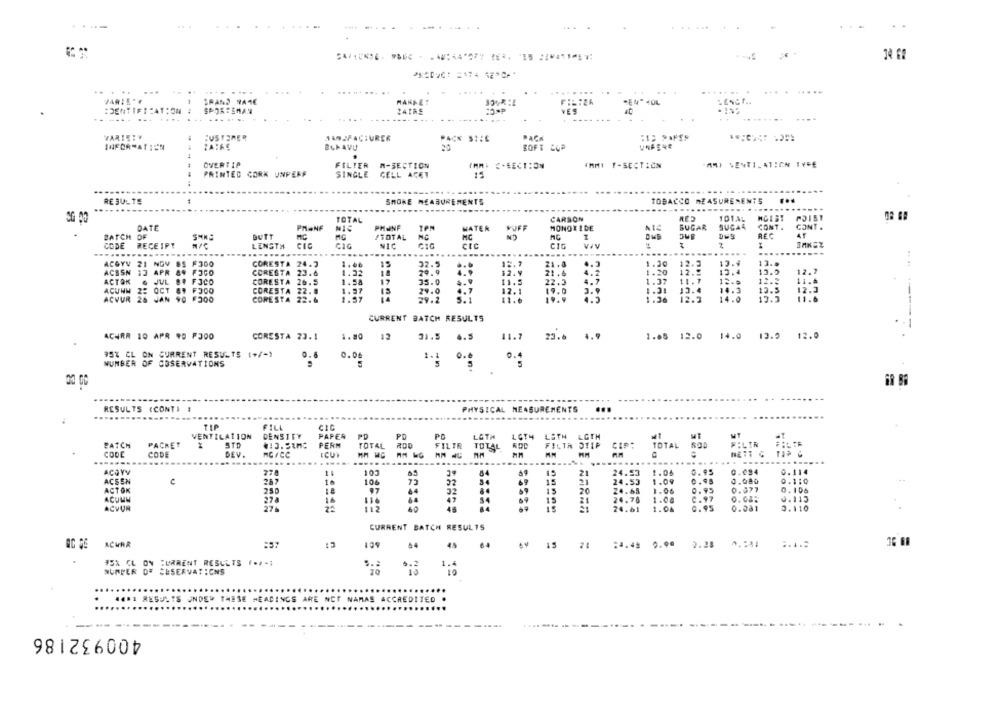
..
--.....
...
....
SRAND NATE
IDENTIFICATION
AIRS
. ... .....
.. .
VARIETY
JUSTERER
ALJFACTURER
PACK SIZE
INFORMATION
BUKAVU
20
SOFT CUP
OVERTIP
FILTER M-SECTION
IMMI 1-SECTION
MM) $ENTIL ATION IVDE
PRINTED C
IK UNPERF
SINGLE CELL ACET
is
RESULTS
SHONE MEASUREMENTS
TOBACCO MEASUREMENTS
...
....
...
CARSON
TOTAL
TOTAL
DATE
PHINF
IPN
WATER
MONOXIDE
SUGAR
SUGA4
CONT .
GONT .
BATCH
OF
BUTT
MG
/TOTAL
MC
REC
CODE
RECEIPT
LENGTH
NIC
CIG
CIC
...
.......
....
.....
...
...
......
ACGYV 21 NOV 85 F300
CORESTA 24.3
1.06
15
32.5
12.7
21.0
4.3
1.30
12.3
13.0
ACESN
7 APR &9 FICO
CORESTA 23.6
1.22
29. 9
4. 9
12.9
21.4
4.2
1. 20
12.5
12.4
13.5
12.7
ACTOK
BI FJCO
CORESTA 26.5
17
35.0
11.5
22.3
1.37
12.5
1i.&
ACUNM
F300
1.58
1. 37
4.7
12. 1
JJ. 4
12.0
14.3
12.5
12.3
OCT 89
CORESTA 22.8
13
29.0
19.0
3.9
ACVUR
JAN
90 F300
CORESTA
22.6
1.57
29.2
11.6
19.9
12.3
14.0
13.3
11.6
CURRENT BATCH RESULTS
ACHRR 10 APR YO P300
CORESTA 23.1
1.80
12
31.5 4.5
11.7
23.6
4.9
1.68 12.0 14.0 13.0 12.0
95% CL ON CURRENT RESULTS (+/-)
0.4
0.6
0.08
NUMBER OF OBSERVATIONS
5
's
5
RESULTS (CONT) #
PHYSICAL MEASUREMENTS
...
TIP
FILL
VENTILATION
DENSITY
PAPER
PO
PO
LGTH
LGT4
LSTH
LGTH
PATCH
PACKET
ST
PERM
TOTAL
ROD
FILTR
TOTAL
FILTR DTIP
CIPY
TOTAL 8
FELIR
CODE
CODE
DEV
HGFCC
HEIT C
....
.....
.....
ACOYY
278
1
103
39
21
24.53
1.04
0.95
0.084
0.114
ACSEN
287
10
22
94
69
15
21
24.53
1.09
0.98
0.110
ACTOK
250
97
44
32
15
20
24.65
1.06
0.377
0.106
ACUMU
24.78
1.00
C.97
0.113
278
116
44
47
54
15
21
ACVUR
27%
112
24.81
1.04
0.95
0.081
0.110
CURRENT BATCH RESULTS
ACHAR
:52
199
54
45 64
..
15
24.48 0.90 0.28 ^.241
#5% CL ON CURRENT RESULTS F./-1
1.4
NUMBER DE SESERVATIONS
RESULTS UNDER T
DINGS ARE NOT NAMAS ACCREDITED
400932186